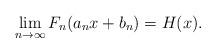
LaTeX: \begin{align*}\lim_{n\rightarrow \infty }F_{n}(a_{n}x+b_{n})=H(x). \end{align*}